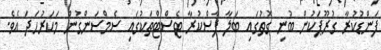
ފަންޑުކުރާ ގުރޫޕަކުން ބުނި ގޮތުގައި ބަލާ ފާސްކުރާ ޓެސްޓްތަކުގައި ސެމްސަންގުން މަކަރުހަދަ އެވެ.